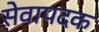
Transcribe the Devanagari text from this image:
सेवापदक